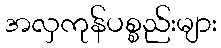
အလှကုန်ပစ္စည်းများ